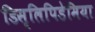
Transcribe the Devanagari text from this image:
डिस्लिपिडेमिया